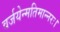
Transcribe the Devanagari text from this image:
वर्जयेन्मतिमान्नरः।